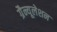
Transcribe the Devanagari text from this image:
ग्रैन्यूलेशन